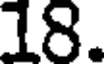
18.